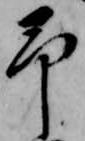
予